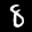
Label: 8